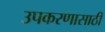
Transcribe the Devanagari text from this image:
उपकरणासाठी